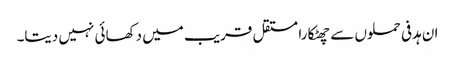
ان ہدفی حملوں سے چھٹکارا مستقل قریب میں دکھائی نہیں دیتا۔